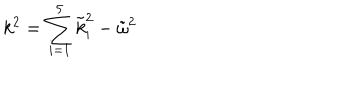
k ^ { 2 } = \sum _ { i = 1 } ^ { 5 } \tilde { k } _ { i } ^ { 2 } - \tilde { \omega } ^ { 2 }